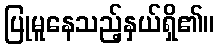
ပြုမူနေသည့်နှယ်ရှိ၏။